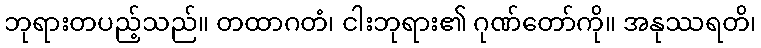
ဘုရားတပည့်သည်။ တထာဂတံ၊ ငါးဘုရား၏ ဂုဏ်တော်ကို။ အနုဿရတိ၊